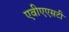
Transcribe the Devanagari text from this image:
एवीएएसटी